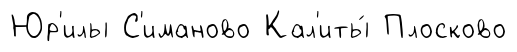
Юр'илы С'иманово Кал'иты́ Плосково